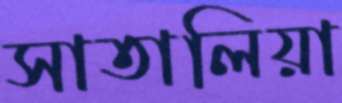
সাতালিয়া